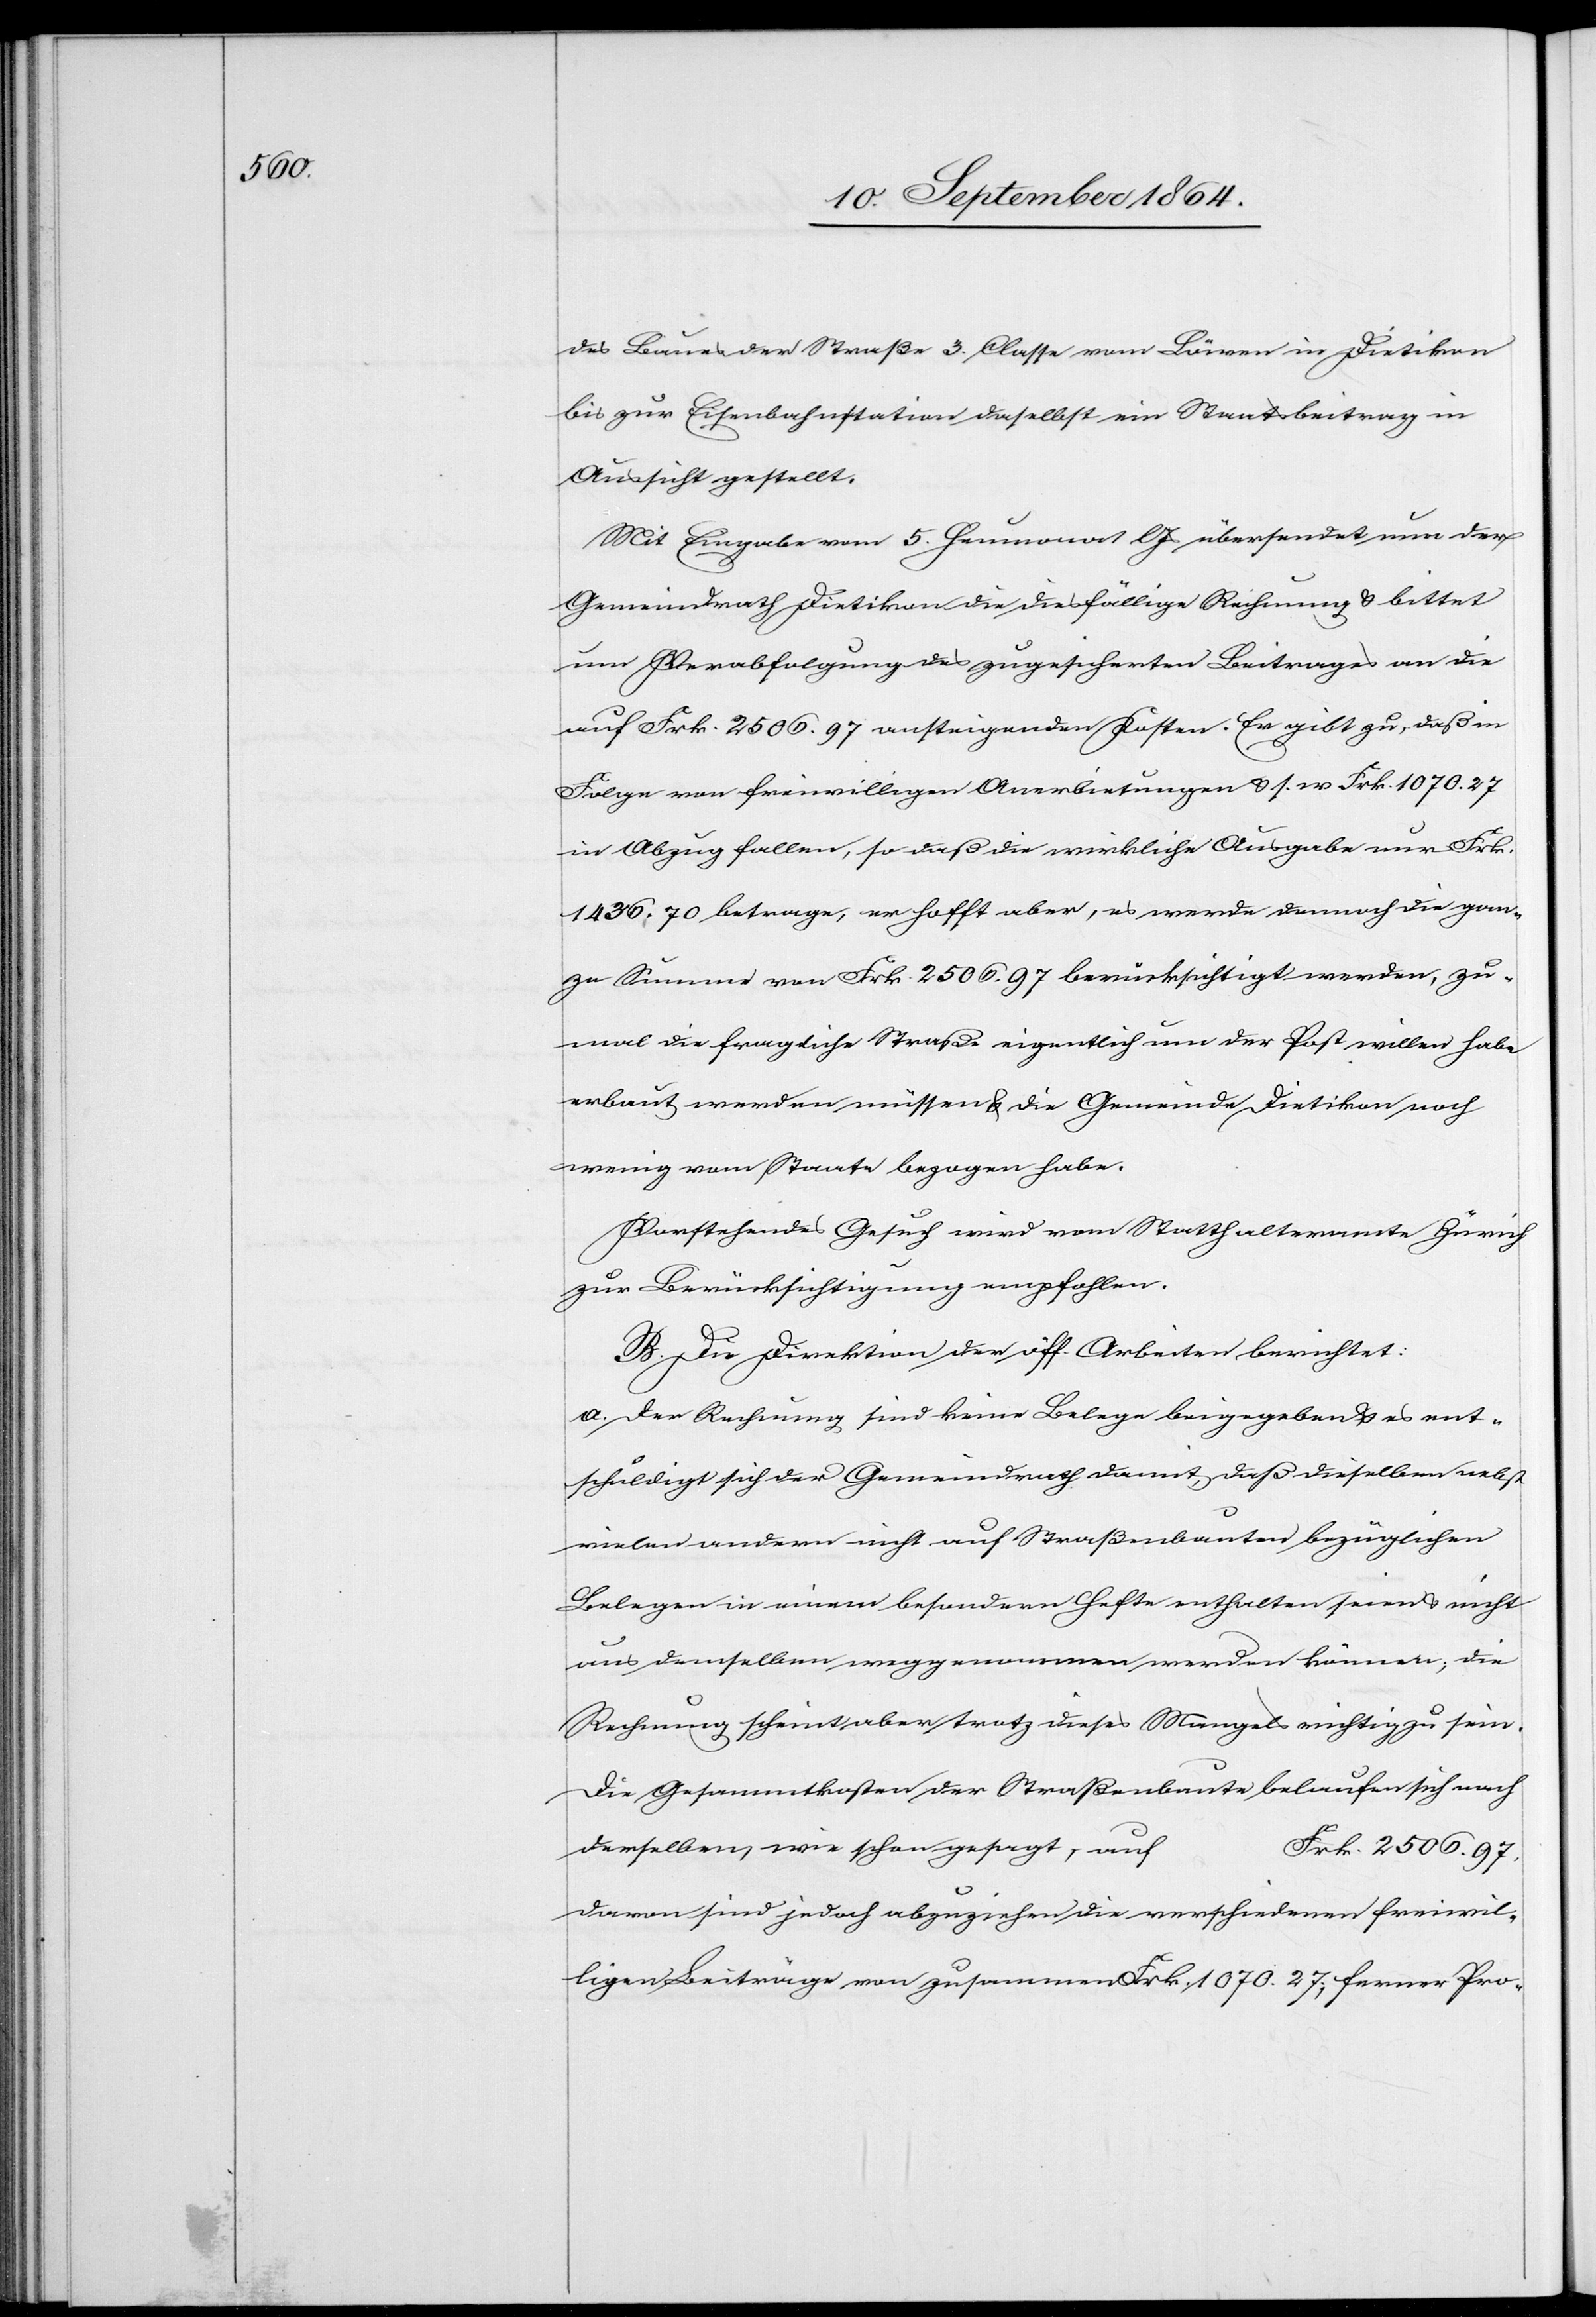
Baues der Straße 3. Classe vom Löwen in Dietikon
bis zur Eisenbahnstation daselbst ein Staatsbeitrag in
Aussicht gestellt.
Mit Eingabe vom 5. Heumonat l. Js übersendet nun der
Gemeindrath Dietikon die diesfällige Rechnung & bittet
um Verabfolgung des zugesicherten Beitrages an die
auf Frk. 2 506.97 ansteigenden Kosten. Er gibt zu, daß in
Folge von freiwilligen Anerbietungen & s. w. Frk. 1 070.27
in Abzug fallen, so daß die wirkliche Ausgabe nur Frk.
1 436.70 betrage, er hofft aber, es werde dennoch die gan¬
ze Summe von Frk. 2 506.97 berücksichtigt werden, zu¬
mal die fragliche Straße eigentlich um der Post willen habe
erbaut werden müssen & die Gemeinde Dietikon noch
wenig vom Staate bezogen habe.
Vorstehendes Gesuch wird vom Statthalteramte Zürich
zur Berücksichtigung empfohlen.
B. Die Direktion der öff. Arbeiten berichtet:
a. Der Rechnung sind keine Belege beigegeben & es ent¬
schuldigt sich der Gemeindrath damit, daß dieselben nebst
vielen andern nicht auf Straßenbauten bezüglichen
Belegen in einem besondern Hefte enthalten seien & nicht
aus demselben weggenommen werden können; die
Rechnung scheint aber trotz dieses Mangels richtig zu sein.
Die Gesammtkosten der Straßenbaute belaufen sich nach
derselben, wie schon gesagt, auf
Frk. 2 506.97,
davon sind jedoch abzuziehen die verschiedenen freiwil¬
ligen Beiträge von zusammen Frk. 1 070.27; ferner Pro-